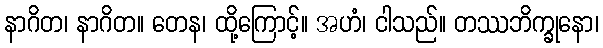
နာဂိတ၊ နာဂိတ။ တေန၊ ထို့ကြောင့်။ အဟံ၊ ငါသည်။ တဿဘိက္ခုနော၊